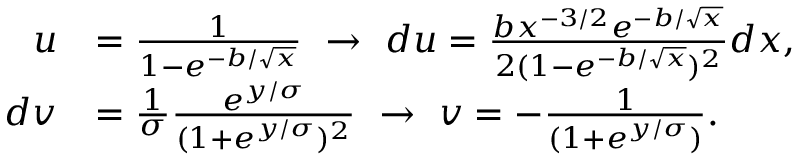
\begin{array} { r l } { u } & { = \frac { 1 } { 1 - e ^ { - b / \sqrt { x } } } \ \rightarrow \ d u = \frac { b x ^ { - 3 / 2 } e ^ { - b / \sqrt { x } } } { 2 ( 1 - e ^ { - b / \sqrt { x } } ) ^ { 2 } } d x , } \\ { d v } & { = \frac { 1 } { \sigma } \frac { e ^ { y / \sigma } } { ( 1 + e ^ { y / \sigma } ) ^ { 2 } } \ \rightarrow \ v = - \frac { 1 } { ( 1 + e ^ { y / \sigma } ) } . } \end{array}